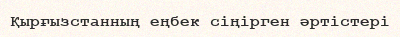
Қырғызстанның еңбек сіңірген әртістері